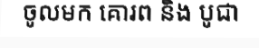
ចូលមក គោរព និង បូជា